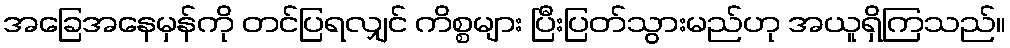
အခြေအနေမှန်ကို တင်ပြရလျှင် ကိစ္စများ ပြီးပြတ်သွားမည်ဟု အယူရှိကြသည်။